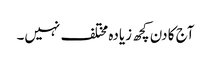
آج کا دن کچھ زیادہ مختلف نہیں۔